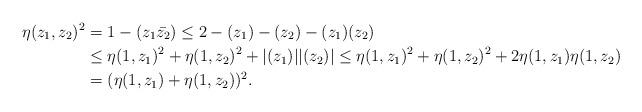
LaTeX: \begin{align*}\eta(z_1,z_2)^2 &= 1-(z_1\bar{z_2}) \leq 2 - (z_1)-(z_2)-(z_1)(z_2) \\&\leq \eta(1,z_1)^2 + \eta(1,z_2)^2 + |(z_1)||(z_2)| \leq \eta(1,z_1)^2 + \eta(1,z_2)^2 + 2\eta(1,z_1)\eta(1,z_2) \\&= (\eta(1,z_1)+\eta(1,z_2))^2.\end{align*}